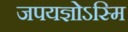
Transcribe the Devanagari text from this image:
जपयज्ञोऽस्मि